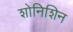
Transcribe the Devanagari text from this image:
शोनिशिन